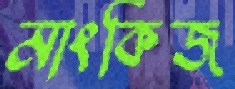
মাংকিজ